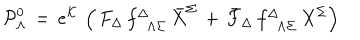
{ \cal P } _ { \Lambda } ^ { 0 } \, = \, e ^ { \cal K } \, \left( \, F _ { \Delta } \, f _ { \phantom { \Delta } \Lambda \Sigma } ^ { \Delta } \, { \bar { X } } ^ { \Sigma } \, + \, { \bar { F } } _ { \Delta } \, f _ { \phantom { \Delta } \Lambda \Sigma } ^ { \Delta } \, { X } ^ { \Sigma } \right)